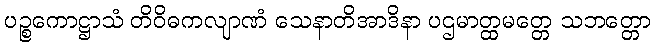
ပဉ္စကောဋ္ဌာသံ တိဝိဓကလျာဏံ သေနာတိအာဒိနာ ပဌမာတ္ထမတ္တေ သဘတ္တော